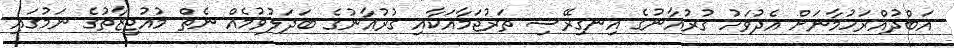
އަބްދުއްރަހުމާނަށް އެދުވަހު ގުރުއާނުގެ އިނގިރޭސި ތަރުޖަމާއަކާއި ގުރުއާނުގެ ބަދަލުވުމެއް ނެތް މުއުޖިޒާތުގެ ނަމުގައި